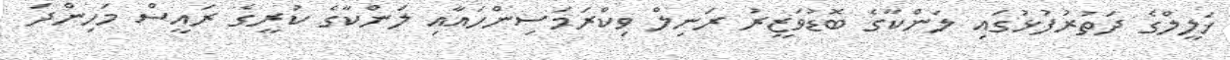
ޚަލީލްގެ ދަތުރުފުޅުގައި ލަންކާގެ ބޮޑުވަޒީރު ރަނިލް ވިކްރަމަސިންހައާއި ލަންކާގެ ކުރީގެ ރައީސް މަހިންދަ